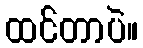
ထင်တာပဲ။